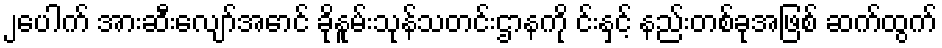
၂ပေါက် အားဆီးလျော်အောင် ခိုနူမ်းသုန်သတင်းဌာနကို င်းနှင့် နည်းတစ်ခုအဖြစ် ဆက်ထွက်